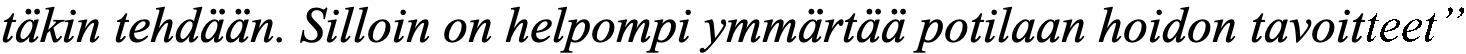
täkin tehdään. Silloin on helpompi ymmärtää potilaan hoidon tavoitteet”